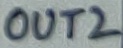
Text: OUT2